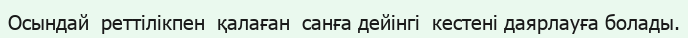
Осындай  реттілікпен  қалаған  санға дейінгі  кестені даярлауға болады.